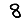
Digit: 8